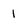
Character: 1